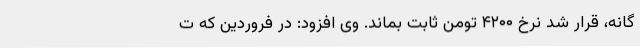
گانه، قرار شد نرخ ۴۲۰۰ تومن ثابت بماند. وی افزود: در فروردین که ت